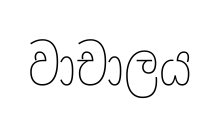
වාචාලය